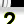
Digit: 2